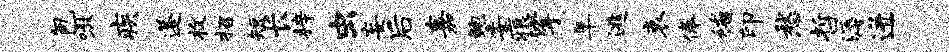
包嗷疾蓬枚招短长梓虫妄后嘉鲍委痕挲阜逃哀俸稽印愁哲溽迸